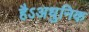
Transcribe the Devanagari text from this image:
हैऽअधुनिक